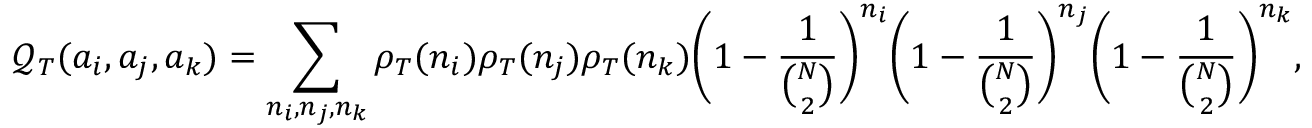
\mathcal { Q } _ { T } ( a _ { i } , a _ { j } , a _ { k } ) = \sum _ { n _ { i } , n _ { j } , n _ { k } } \rho _ { T } ( n _ { i } ) \rho _ { T } ( n _ { j } ) \rho _ { T } ( n _ { k } ) \bigg ( 1 - \frac { 1 } { { \binom { N } { 2 } } } \bigg ) ^ { n _ { i } } \bigg ( 1 - \frac { 1 } { { \binom { N } { 2 } } } \bigg ) ^ { n _ { j } } \bigg ( 1 - \frac { 1 } { { \binom { N } { 2 } } } \bigg ) ^ { n _ { k } } ,